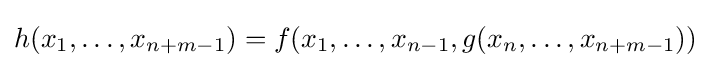
h(x_{1},\dots ,x_{n+m-1})=f(x_{1},\dots ,x_{n-1},g(x_{n},\dots ,x_{n+m-1}))